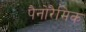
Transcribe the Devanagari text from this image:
पैनोरैमिक